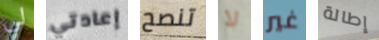
لي إعادتي تنصح لا غير إطالة